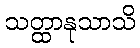
သတ္ထာနုသာသိ